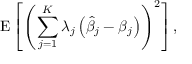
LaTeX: \operatorname { E } \left[ \left( \sum _ { j = 1 } ^ { K } \lambda _ { j } \left( { \widehat { \beta } } _ { j } - \beta _ { j } \right) \right) ^ { 2 } \right] ,